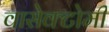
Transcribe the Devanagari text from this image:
वासेक्टोमी